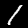
Digit: 1